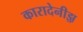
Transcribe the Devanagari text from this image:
कारादेनीझ़